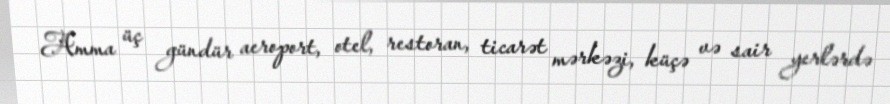
Amma üç gündür aeroport, otel, restoran, ticarət mərkəzi, küçə və sair yerlərdə